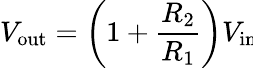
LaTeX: V_{\mathrm{out}}=\left(1+{\frac{R_{\mathrm{2}}}{R_{\mathrm{1}}}}\right)V_{\mathrm{in}}\!